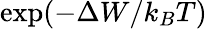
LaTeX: \exp(-\Delta W/k_{B}T)